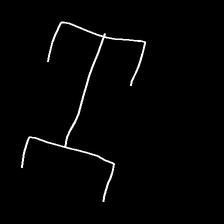
Glyph: entwine